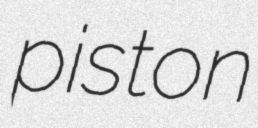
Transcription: piston